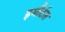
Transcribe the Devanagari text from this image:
इमौर्टल